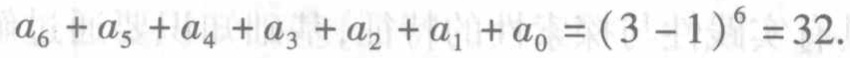
\(a_{6}+a_{5}+a_{4}+a_{3}+a_{2}+a_{1}+a_{0}=(3 - 1)^{6}=32\)